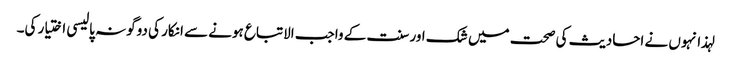
لہذا نہوں نے احادیث کی صحت میں شک اور سنت کے واجب الاتباع ہونے سے انکار کی دوگونہ پالیسی اختیار کی۔